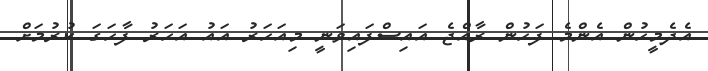
އެދެމީހުން އެންމެ ފަހުން ރާއްޖެ އައިސްފައިވަނީ މިއަހަރު އައު އަހަރު ފާހަގަ ކުރުމަށް